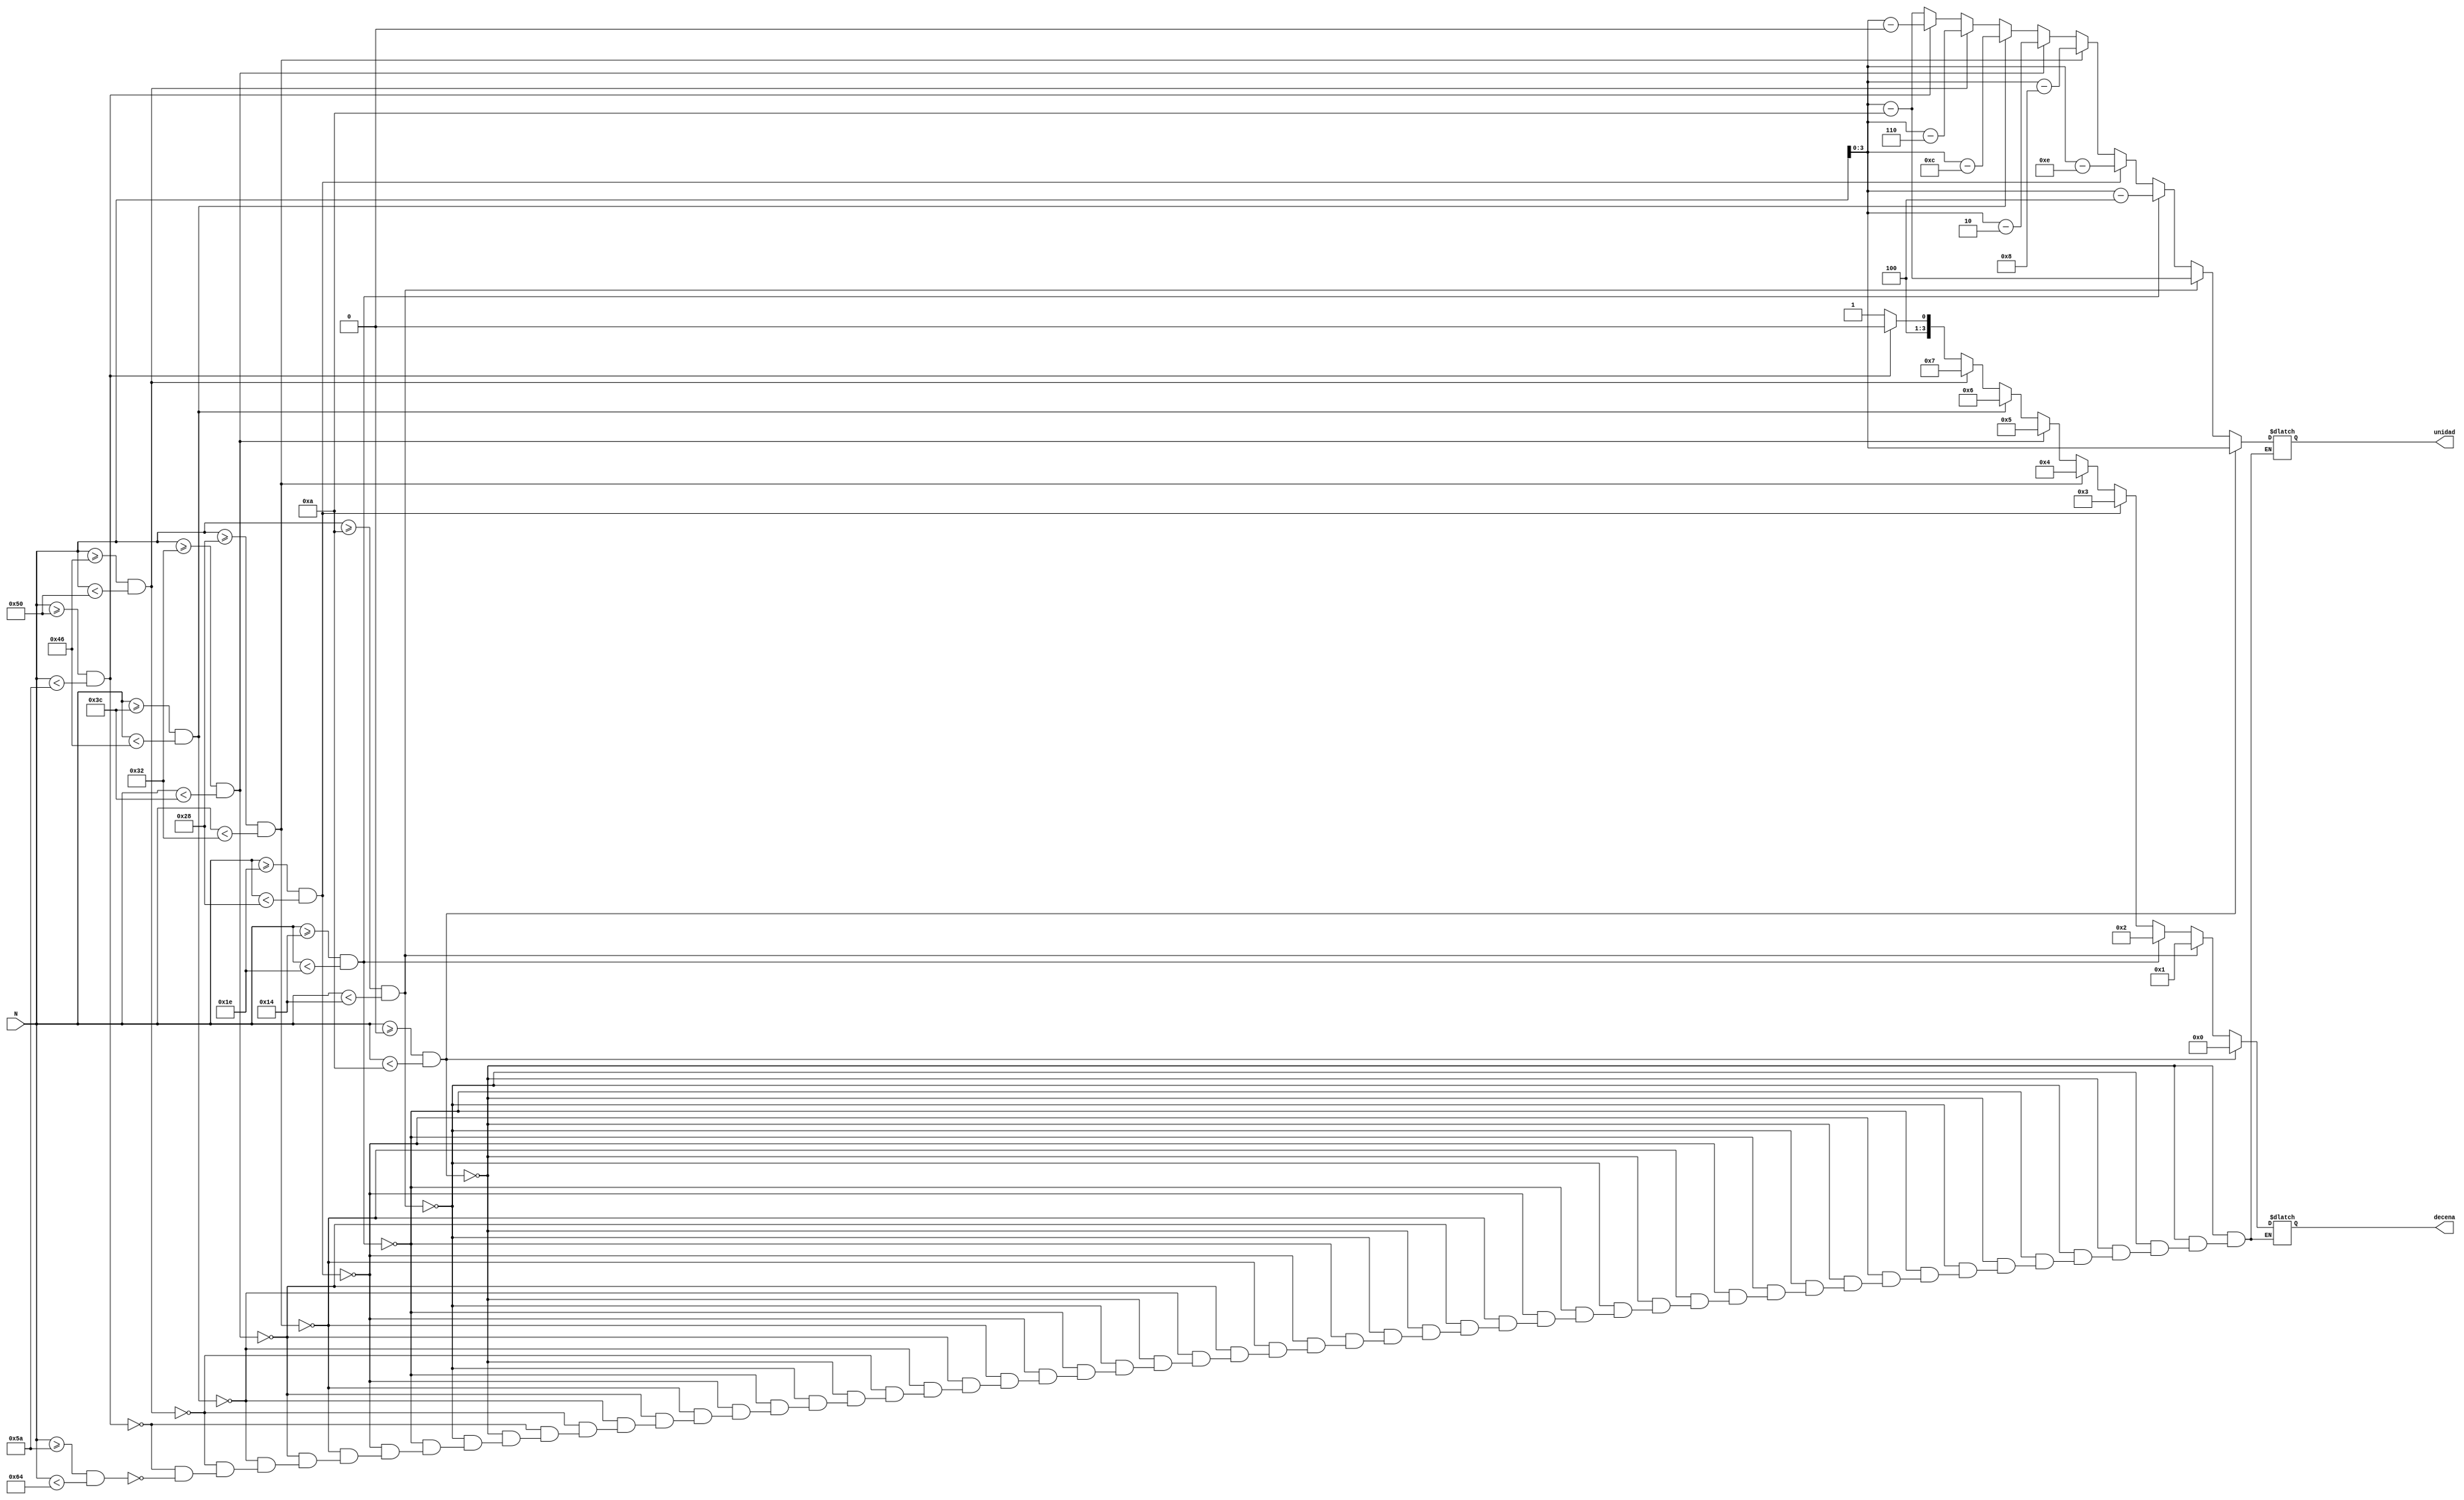
`timescale 1ns / 1ps
//////////////////////////////////////////////////////////////////////////////////
// Company: 
// Engineer: 
// 
// Design Name: 
// Module Name: digit_separator_7s
// Project Name: 
// Target Devices: 
// Tool Versions: 
// Description: 
// 
// Dependencies: 
// 
// Revision:
// Revision 0.01 - File Created
// Additional Comments:
// 
//////////////////////////////////////////////////////////////////////////////////


module digit_separator(
    input [6:0] N,
    output reg [3:0] decena, unidad
    );
    
    always @ (*)
        begin       
        if (N>=0 & N<10)
            begin
            decena = 4'd0;
            unidad = N;
            end
        else if (N>=10 & N<20)
            begin
            decena = 4'd1;
            unidad = N-10;
            end
        else if (N>=20 & N<30)
            begin
            decena = 4'd2;
            unidad = N-20;
            end
        else if (N>=30 & N<40)
            begin
            decena = 4'd3;
            unidad = N-30;
            end
        else if (N>=40 & N<50)
            begin
            decena = 4'd4;
            unidad = N-40;
            end
        else if (N>=50 & N<60)
            begin
            decena = 4'd5;
            unidad = N-50;
            end
        else if (N>=60 & N<70)
            begin
            decena = 4'd6;
            unidad = N-60;
            end
        else if (N>=70 & N<80)
            begin
            decena = 4'd7;
            unidad = N-70;
            end
        else if (N>=80 & N<90)
            begin
            decena = 4'd8;
            unidad = N-80;
            end
        else if (N>=90 & N<100)
            begin
            decena = 4'd9;
            unidad = N-90;
            end
        end
endmodule